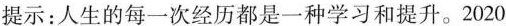
提示：人生的每一次经历都是一种学习和提升。2020